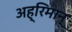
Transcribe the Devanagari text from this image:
अह्रिमान्